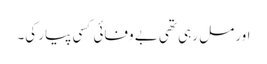
اور مل رہی تھی بے وفائی کسی پیار کی۔